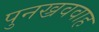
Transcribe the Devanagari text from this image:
पुनख्रववाह